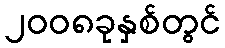
၂၀၀၈ခုနှစ်တွင်